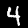
Digit: 4